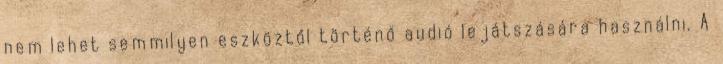
nem lehet semmilyen eszköztől történő audió lejátszására használni. A